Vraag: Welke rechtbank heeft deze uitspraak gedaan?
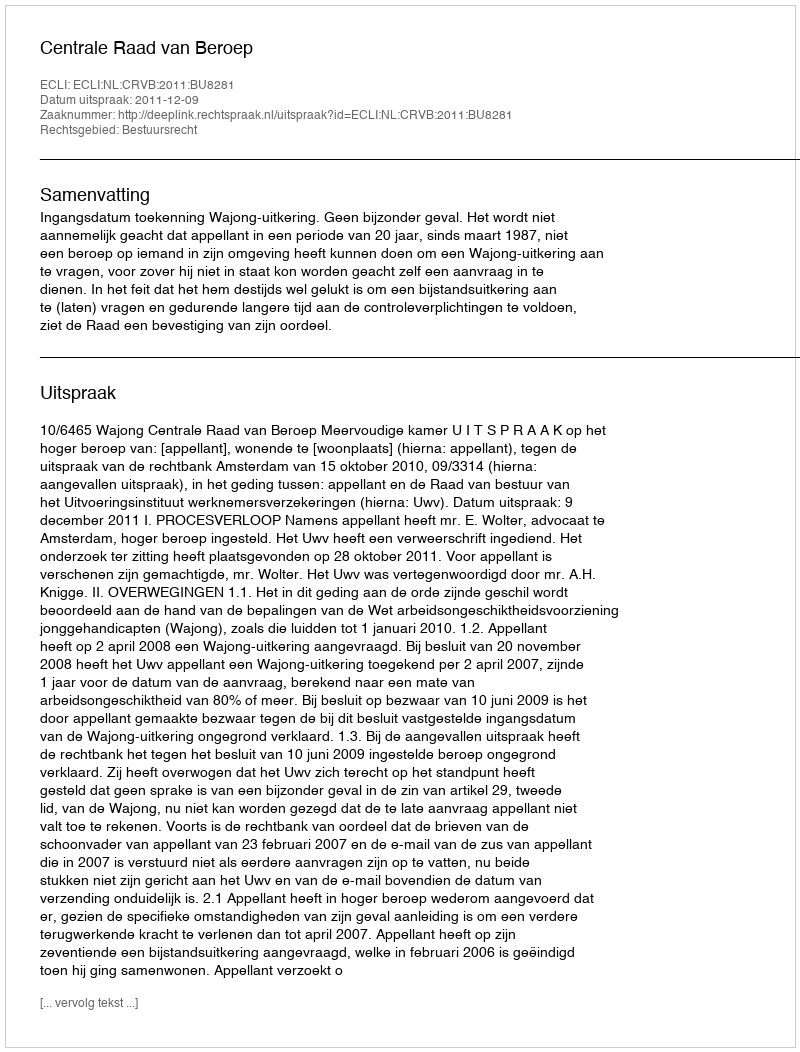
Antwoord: Centrale Raad van Beroep